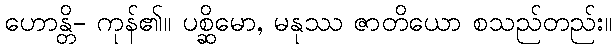
ဟောန္တိ- ကုန်၏။ ပစ္ဆိမော, မနုဿ ဇာတိယော စသည်တည်း။